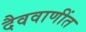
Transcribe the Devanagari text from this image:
दैववाणींत